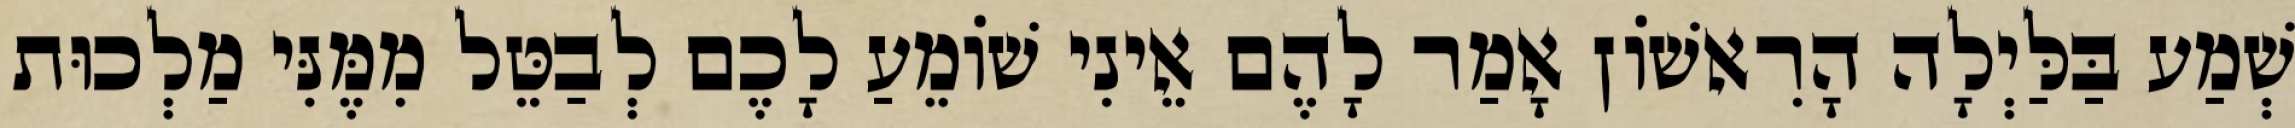
שְׁמַע בַּלַּיְלָה הָרִאשׁוֹן אָמַר לָהֶם אֵינִי שׁוֹמֵעַ לָכֶם לְבַטֵּל מִמֶּנִּי מַלְכוּת